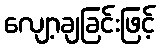
လျော့ချခြင်းဖြင့်